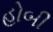
હોબી